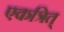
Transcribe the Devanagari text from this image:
एकत्रित्